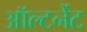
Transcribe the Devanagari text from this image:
ऑल्टर्नेट